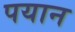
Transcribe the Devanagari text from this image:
पयान